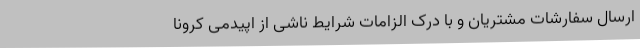
ارسال سفارشات مشتریان و با درک الزامات شرایط ناشی از اپیدمی کرونا